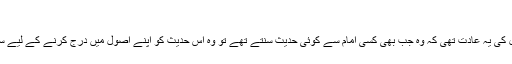
شیخ بہائی
کتا ب ’’الشمسین ‘‘ میں بیان کرتے ہیں ہمارے بزرگوں سے یہ بات ہم تک پہنچی ہے کہ اصحاب اصول کی یہ عادت تھی کہ وہ جب بھی کسی امام سے کوئی حدیث سنتے تھے تو وہ اس حدیث کو اپنے اصول میں درج کرنے کے لیے سبقت کرتے تھے کہ کہیں وقت گزرنے کے ساتھ پوری حدیث یا اس کا کچھ حصہ فراموش نہ کر دیں ۔